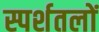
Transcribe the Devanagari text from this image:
स्पर्शतलों